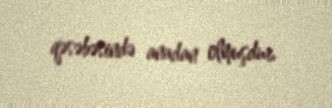
qəsəbəsində anadan olmuşdur.